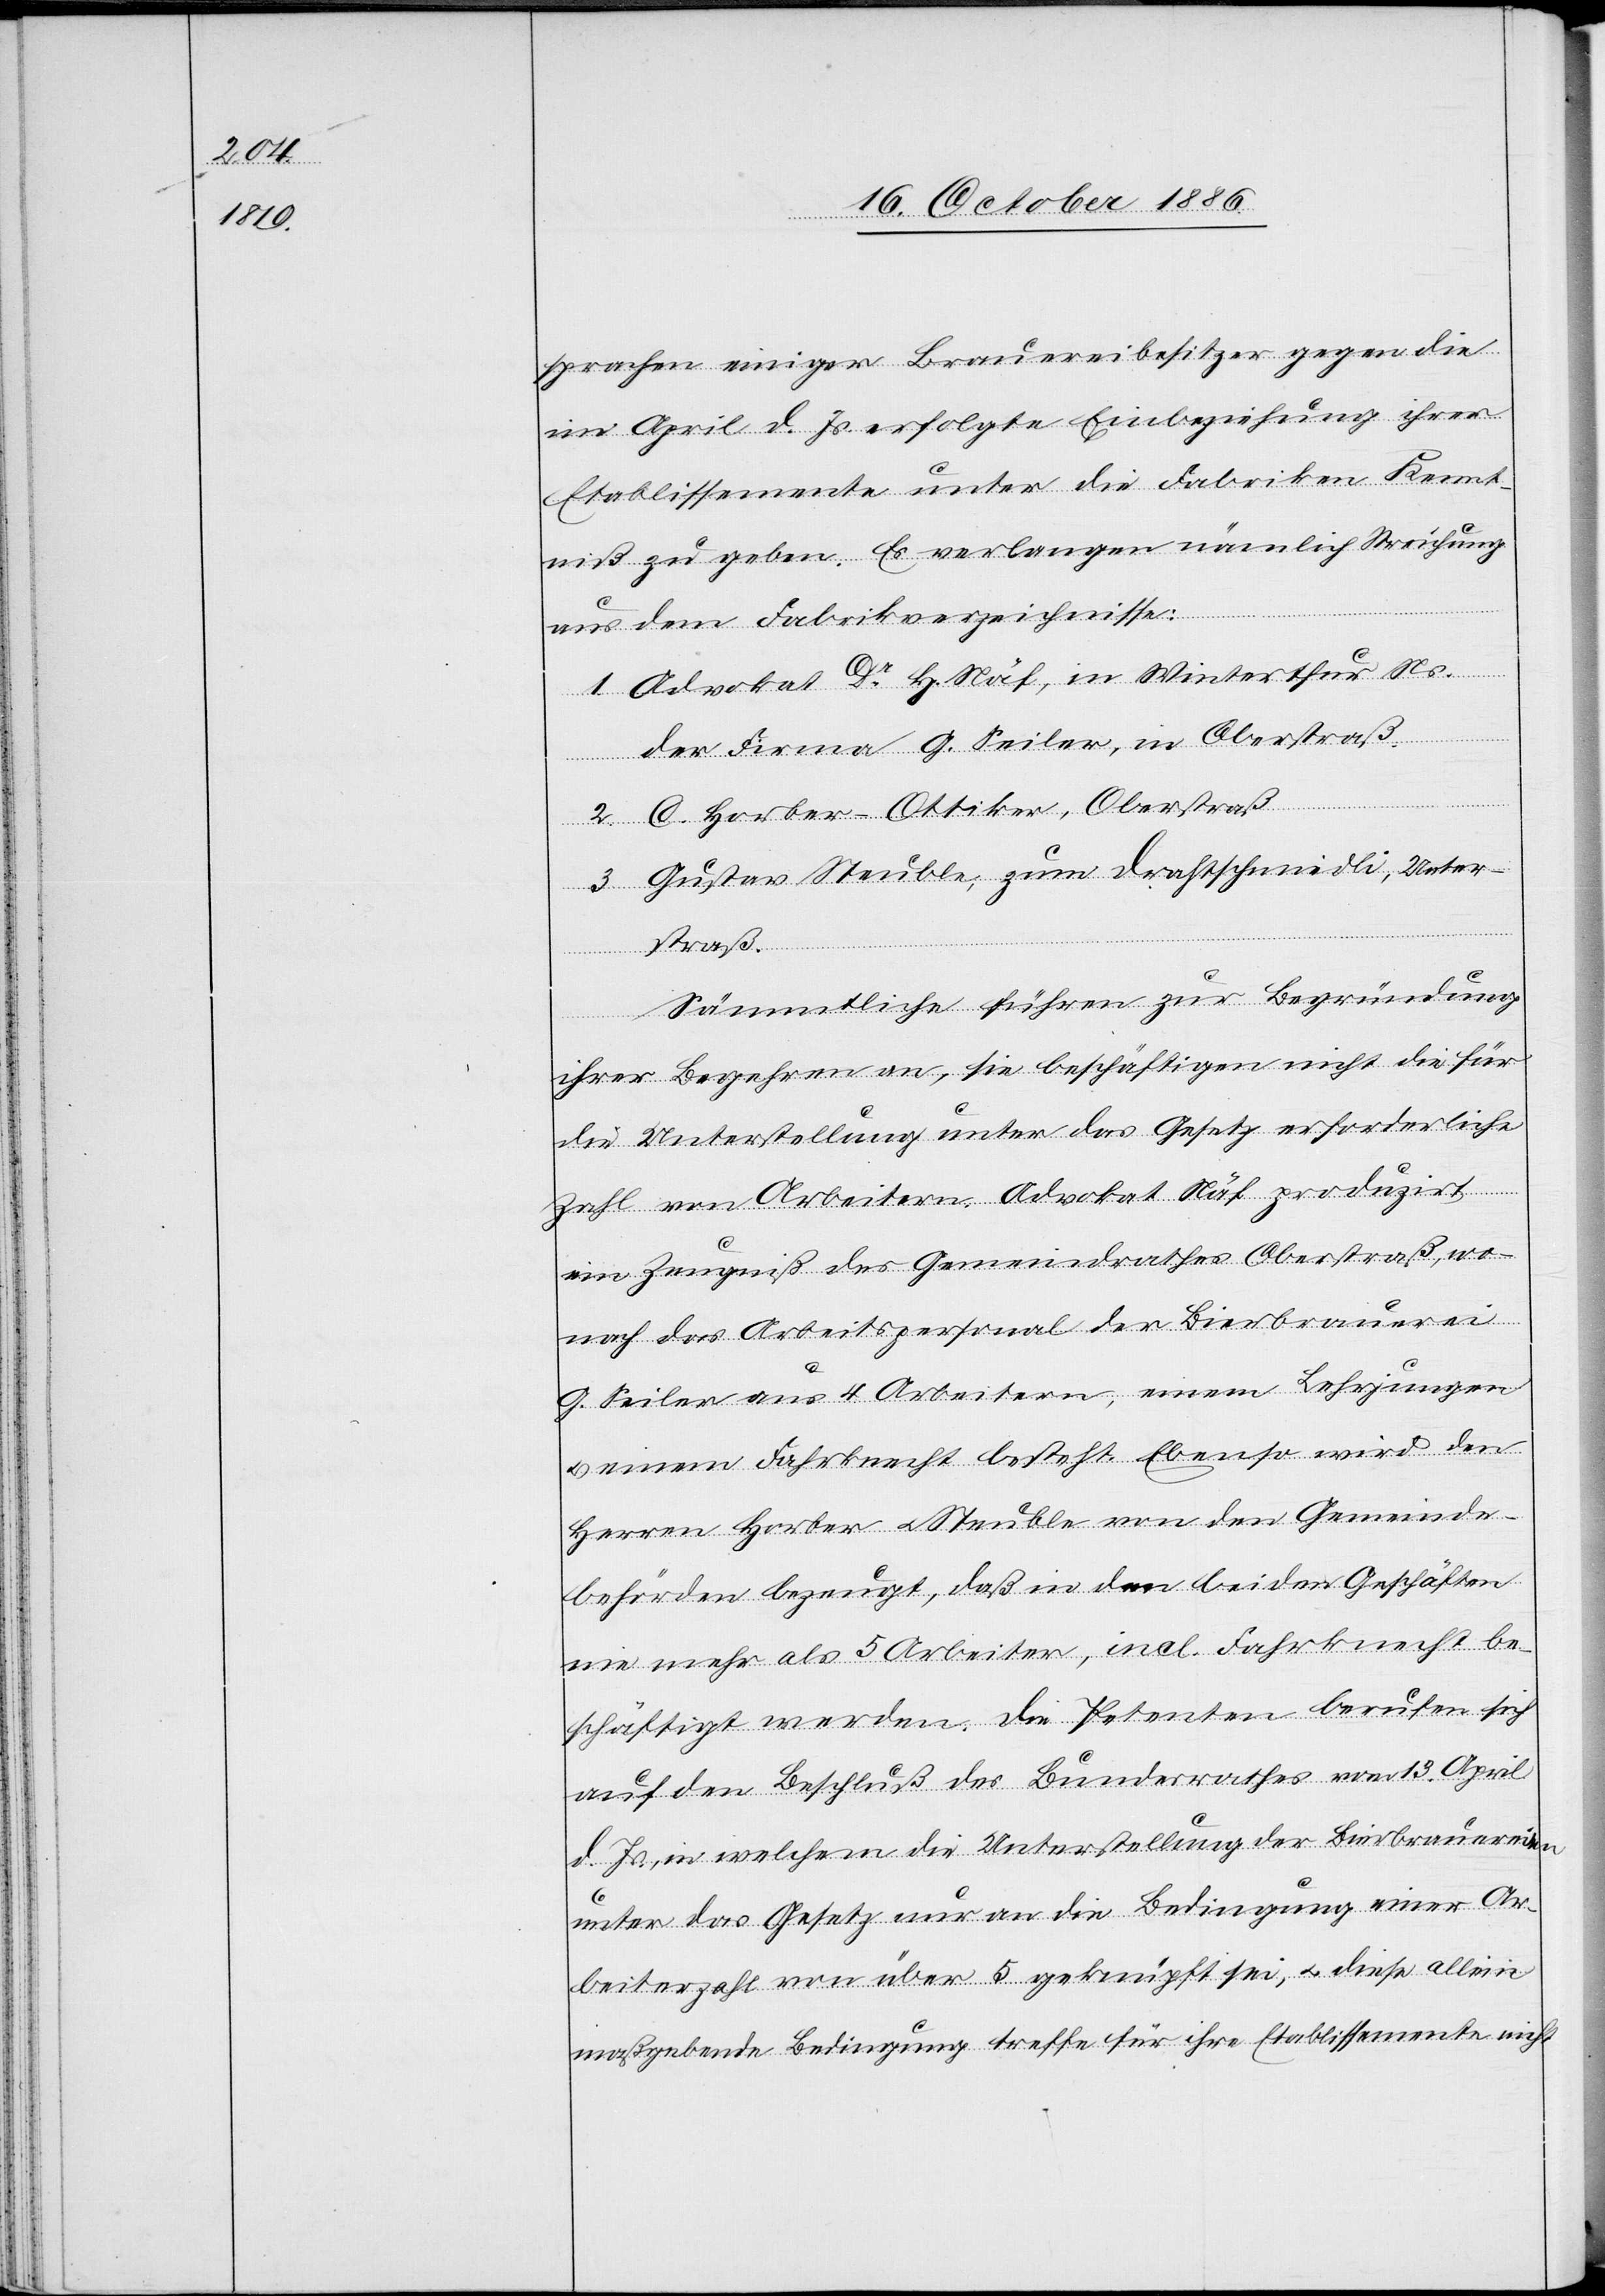
sprachen einiger Brauereibesitzer gegen die
im April d. Js. erfolgte Einbeziehung ihrer
Etablissemente unter die Fabriken Kennt¬
niß zu geben. Es verlangen nämlich Streichung
aus dem Fabrikverzeichnisse:
1. Advokat Dr H. Näf, in Winterthur Ns.
der Firma G. Seiler, in Oberstraß.
2. C. Horber-Ottiker, Oberstraß
3. Gustav Steuble, zum Drahtschmiedli, Unter¬
straß.
Sämmtliche führen zur Begründung
ihrer Begehren an, sie beschäftigen nicht die für
die Unterstellung unter das Gesetz erforderliche
Zahl von Arbeitern. Advokat Näf produzirt
ein Zeugniß des Gemeindrathes Oberstraß, wo¬
nach das Arbeitspersonal der Bierbrauerei
G. Seiler aus 4 Arbeitern, einem Lehrjungen
& einem Fahrknecht besteht. Ebenso wird den
Herren Horber & Steuble von den Gemeinde¬
behörden bezeugt, daß in den beiden Geschäften
nie mehr als 5 Arbeiter, incl. Fahrknecht be¬
schäftigt werden. Die Petenten berufen sich
auf den Beschluß des Bundesrathes vom 13. April
d. Js., in welchem die Unterstellung der Bierbrauereien
unter das Gesetz nur an die Bedingung einer Ar¬
beiterzahl von über 5 geknüpft sei, & diese allein
maßgebende Bedingung treffe für ihre Etablissemente nicht